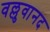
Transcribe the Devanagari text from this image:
वल्लुवानद